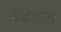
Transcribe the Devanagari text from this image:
कमलदल